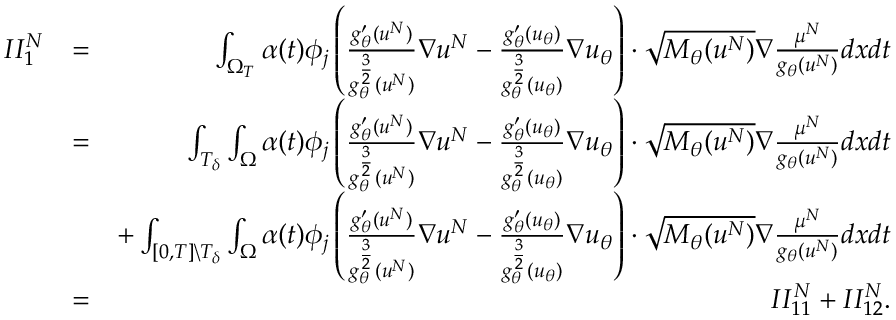
\begin{array} { r l r } { I I _ { 1 } ^ { N } } & { = } & { \int _ { \Omega _ { T } } \alpha ( t ) \phi _ { j } \left( \frac { g _ { \theta } ^ { \prime } ( u ^ { N } ) } { g _ { \theta } ^ { \frac { 3 } { 2 } } ( u ^ { N } ) } \nabla u ^ { N } - \frac { g _ { \theta } ^ { \prime } ( u _ { \theta } ) } { g _ { \theta } ^ { \frac { 3 } { 2 } } ( u _ { \theta } ) } \nabla u _ { \theta } \right) \cdot \sqrt { M _ { \theta } ( u ^ { N } ) } \nabla \frac { \mu ^ { N } } { g _ { \theta } ( u ^ { N } ) } d x d t } \\ & { = } & { \int _ { T _ { \delta } } \int _ { \Omega } \alpha ( t ) \phi _ { j } \left( \frac { g _ { \theta } ^ { \prime } ( u ^ { N } ) } { g _ { \theta } ^ { \frac { 3 } { 2 } } ( u ^ { N } ) } \nabla u ^ { N } - \frac { g _ { \theta } ^ { \prime } ( u _ { \theta } ) } { g _ { \theta } ^ { \frac { 3 } { 2 } } ( u _ { \theta } ) } \nabla u _ { \theta } \right) \cdot \sqrt { M _ { \theta } ( u ^ { N } ) } \nabla \frac { \mu ^ { N } } { g _ { \theta } ( u ^ { N } ) } d x d t } \\ & { } & { + \int _ { [ 0 , T ] \backslash T _ { \delta } } \int _ { \Omega } \alpha ( t ) \phi _ { j } \left( \frac { g _ { \theta } ^ { \prime } ( u ^ { N } ) } { g _ { \theta } ^ { \frac { 3 } { 2 } } ( u ^ { N } ) } \nabla u ^ { N } - \frac { g _ { \theta } ^ { \prime } ( u _ { \theta } ) } { g _ { \theta } ^ { \frac { 3 } { 2 } } ( u _ { \theta } ) } \nabla u _ { \theta } \right) \cdot \sqrt { M _ { \theta } ( u ^ { N } ) } \nabla \frac { \mu ^ { N } } { g _ { \theta } ( u ^ { N } ) } d x d t } \\ & { = } & { I I _ { 1 1 } ^ { N } + I I _ { 1 2 } ^ { N } . } \end{array}